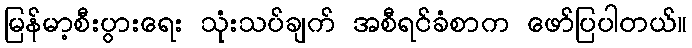
မြန်မာ့စီးပွားရေး သုံးသပ်ချက် အစီရင်ခံစာက ဖော်ပြပါတယ်။